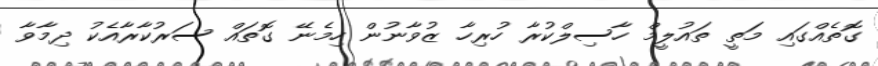
ގޮތެއްގައި މަތީ ތައުލީމް ހާސިލްކުރާ ހުރިހާ ޒުވާނުން ހިމެނޭ ގޮތައް ސަރުކާރާއެކު ދިމާވާ